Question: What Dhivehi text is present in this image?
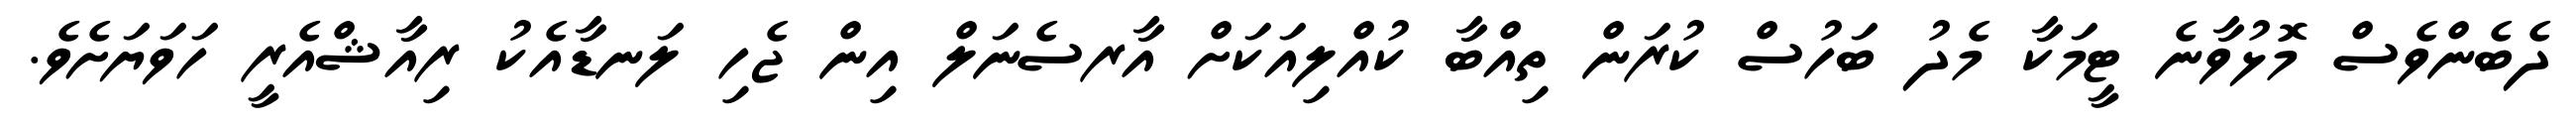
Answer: ދެބެންވެސް މޮޅުވާނެ ޓީމަކާ މެދު ބަހުސް ކުރަން ތިއްބާ ކުއްލިއަކަށް އާރސެނަލް އިން ޖެހި ލަނޑާއެކު ރިއާޝްއެރީ ހަވަޔަށެވެ.